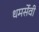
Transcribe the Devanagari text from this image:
धमर्सेवी